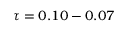
\tau = 0 . 1 0 - 0 . 0 7